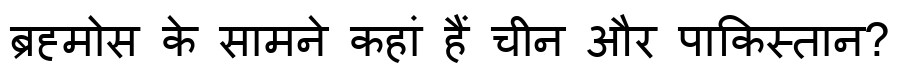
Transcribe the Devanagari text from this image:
ब्रह्मोस के सामने कहां हैं चीन और पाकिस्तान?